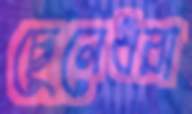
ছেলেধরা